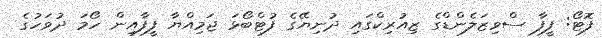
ފޮޓޯ: ފީފާ ސްވިޒަލެންޑްގެ ޒިއުރިކްގައި ދުނިޔޭގެ ފުޓްބޯޅަ ޖަމިއްޔާ ފީފާއިން ހޯމަ ދުވަހުގެ